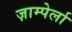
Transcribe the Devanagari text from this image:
ज़ाम्पेर्ला